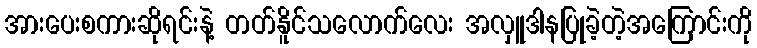
အားပေးစကားဆိုရင်းနဲ့ တတ်နိူင်သလောက်လေး အလှူဒါနပြုခဲ့တဲ့အကြောင်းကို